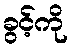
ခွင့်ကို